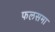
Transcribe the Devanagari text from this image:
फलसमा